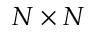
N \times N